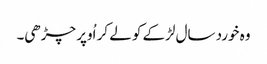
وہ خورد سال لڑکے کو لے کر اُوپر چڑھی۔